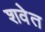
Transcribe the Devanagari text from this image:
शवेत